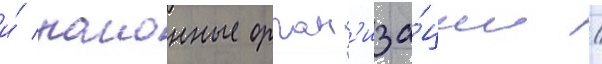
и́ раионные орган'иза́ции /